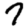
Digit: 7